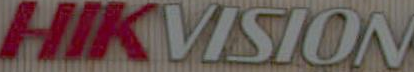
HIKVISION